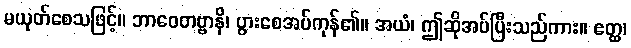
မယုတ်စေသဖြင့်။ ဘာဝေတဗ္ဗာနိ၊ ပွားစေအပ်ကုန်၏။ အယံ၊ ဤဆိုအပ်ပြီးသည်ကား။ ဧတ္ထ၊